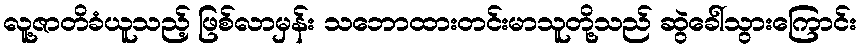
လူ့ဇာတိခံယူသည့် ဖြစ်လာမှန်း သဘောထားတင်းမာသူတို့သည် ဆွဲခေါ်သွားကြောင်း